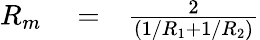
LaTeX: \begin{array}{rlr}{R_{m}}&{{}=}&{\frac{2}{(1/R_{1}+1/R_{2})}}\end{array}